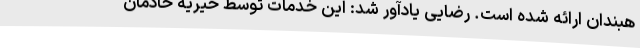
هبندان ارائه شده است. رضایی یادآور شد: این خدمات توسط خیریه خادمان